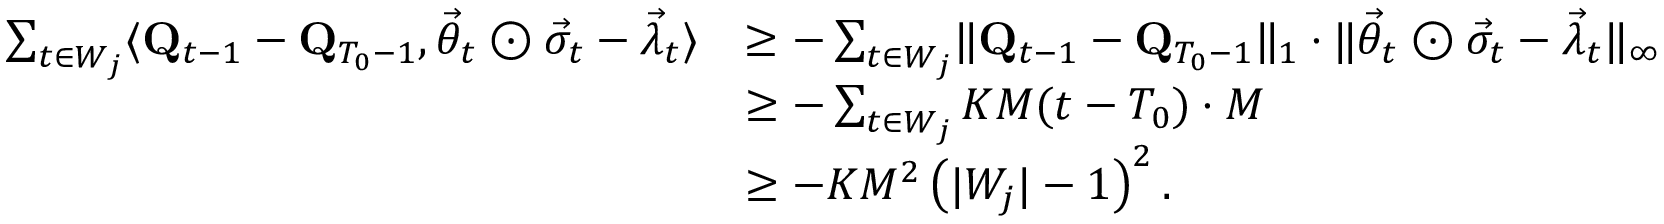
\begin{array} { r l } { \sum _ { t \in W _ { j } } \langle \mathbf Q _ { t - 1 } - \mathbf Q _ { T _ { 0 } - 1 } , \vec { \theta } _ { t } \odot \vec { \sigma } _ { t } - \vec { \lambda } _ { t } \rangle } & { \ge - \sum _ { t \in W _ { j } } \lVert \mathbf Q _ { t - 1 } - \mathbf Q _ { T _ { 0 } - 1 } \rVert _ { 1 } \cdot \lVert \vec { \theta } _ { t } \odot \vec { \sigma } _ { t } - \vec { \lambda } _ { t } \rVert _ { \infty } } \\ & { \ge - \sum _ { t \in W _ { j } } K M ( t - T _ { 0 } ) \cdot M } \\ & { \ge - K M ^ { 2 } \left( \lvert W _ { j } \rvert - 1 \right) ^ { 2 } . } \end{array}